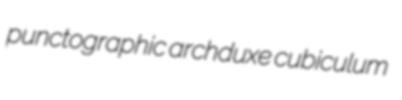
punctographic archduxe cubiculum